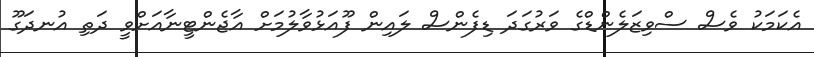
އެކަމަކު ވެސް ސްވިޒަލެންޑްގެ ވަރުގަދަ ޑިފެންސް ލައިން ފޫއަޅުވާލުމަށް އާޖެންޓީނާއަށްވީ ދަތި އުނދަގޫ